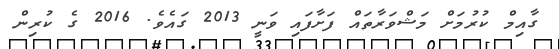
ގާއިމް ކުރުމަށް މަޝްވަރާތައް ފަށާފައި ވަނީ 2013 ގައެވެ. 2016 ގެ ކުރިން